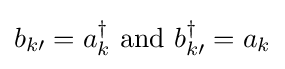
b_{k\prime }=a_{k}^{\dagger }\ \mathrm {and} \ b_{k\prime }^{\dagger }=a_{k}